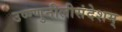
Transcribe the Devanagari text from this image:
उष्ण्णुनीलीसंदेशम्